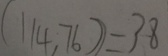
( 1 1 4 , 7 6 ) = 3 8